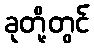
ခုတို့တွင်